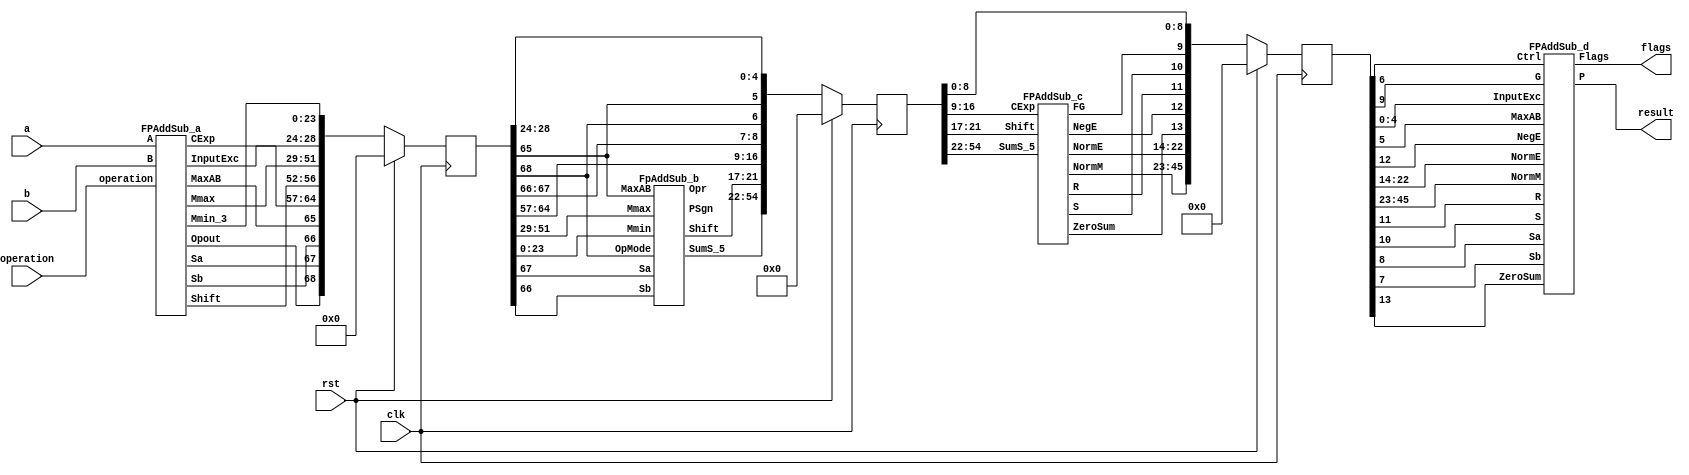
`define BFLOAT16 
`define EXPONENT 8
`define MANTISSA 7
`define EXPONENT 5
`define MANTISSA 10
`define SIGN 1
`define DWIDTH (`SIGN+`EXPONENT+`MANTISSA)
`define AWIDTH 8
`define MEM_SIZE 256
`define MAT_MUL_SIZE 20
`define MASK_WIDTH 20
`define LOG2_MAT_MUL_SIZE 4 
`define BB_MAT_MUL_SIZE `MAT_MUL_SIZE
`define NUM_CYCLES_IN_MAC 3
`define MEM_ACCESS_LATENCY 1
`define ADDR_STRIDE_WIDTH 8

module FPAddSub_single(
		clk,
		rst,
		a,
		b,
		operation,
		result,
		flags
	);

// Clock and reset
	input clk ;										// Clock signal
	input rst ;										// Reset (active high, resets pipeline registers)
	
	// Input ports
	input [31:0] a ;								// Input A, a 32-bit floating point number
	input [31:0] b ;								// Input B, a 32-bit floating point number
	input operation ;								// Operation select signal
	
	// Output ports
	output [31:0] result ;						// Result of the operation
	output [4:0] flags ;							// Flags indicating exceptions according to IEEE754

	reg [68:0]pipe_1;
	reg [54:0]pipe_2;
	reg [45:0]pipe_3;


//internal module wires

//output ports
	wire Opout;
	wire Sa;
	wire Sb;
	wire MaxAB;
	wire [7:0] CExp;
	wire [4:0] Shift;
	wire [22:0] Mmax;
	wire [4:0] InputExc;
	wire [23:0] Mmin_3;

	wire [32:0] SumS_5 ;
	wire [4:0] Shift_1;							
	wire PSgn ;							
	wire Opr ;	
	
	wire [22:0] NormM ;				// Normalized mantissa
	wire [8:0] NormE ;					// Adjusted exponent
	wire ZeroSum ;						// Zero flag
	wire NegE ;							// Flag indicating negative exponent
	wire R ;								// Round bit
	wire S ;								// Final sticky bit
	wire FG ;

FPAddSub_a M1(a,b,operation,Opout,Sa,Sb,MaxAB,CExp,Shift,Mmax,InputExc,Mmin_3);

FpAddSub_b M2(pipe_1[51:29],pipe_1[23:0],pipe_1[67],pipe_1[66],pipe_1[65],pipe_1[68],SumS_5,Shift_1,PSgn,Opr);

FPAddSub_c M3(pipe_2[54:22],pipe_2[21:17],pipe_2[16:9],NormM,NormE,ZeroSum,NegE,R,S,FG);

FPAddSub_d M4(pipe_3[13],pipe_3[22:14],pipe_3[45:23],pipe_3[11],pipe_3[10],pipe_3[9],pipe_3[8],pipe_3[7],pipe_3[6],pipe_3[5],pipe_3[12],pipe_3[4:0],result,flags );


always @ (posedge clk) begin	
		if(rst) begin
			pipe_1 <= 0;
			pipe_2 <= 0;
			pipe_3 <= 0;
		end 
		else begin
/*
pipe_1:
	[68] Opout;
	[67] Sa;
	[66] Sb;
	[65] MaxAB;
	[64:57] CExp;
	[56:52] Shift;
	[51:29] Mmax;
	[28:24] InputExc;
	[23:0] Mmin_3;	

*/

pipe_1 <= {Opout,Sa,Sb,MaxAB,CExp,Shift,Mmax,InputExc,Mmin_3};

/*
pipe_2:
	[54:22]SumS_5;
	[21:17]Shift;
	[16:9]CExp;	
	[8]Sa;
	[7]Sb;
	[6]operation;
	[5]MaxAB;	
	[4:0]InputExc
*/

pipe_2 <= {SumS_5,Shift_1,pipe_1[64:57], pipe_1[67], pipe_1[66], pipe_1[68], pipe_1[65], pipe_1[28:24] };

/*
pipe_3:
	[45:23] NormM ;				
	[22:14] NormE ;					
	[13]ZeroSum ;						
	[12]NegE ;							
	[11]R ;								
	[10]S ;								
	[9]FG ;
	[8]Sa;
	[7]Sb;
	[6]operation;
	[5]MaxAB;	
	[4:0]InputExc
*/

pipe_3 <= {NormM,NormE,ZeroSum,NegE,R,S,FG, pipe_2[8], pipe_2[7], pipe_2[6], pipe_2[5], pipe_2[4:0] };

end
end

endmodule
module FPAddSub_d(
		ZeroSum,
		NormE,
		NormM,
		R,
		S,
		G,
		Sa,
		Sb,
		Ctrl,
		MaxAB,
		NegE,
		InputExc,
		P,
		Flags 
    );

	// Input ports
	input ZeroSum ;					// Sum is zero
	input [8:0] NormE ;				// Normalized exponent
	input [22:0] NormM ;				// Normalized mantissa
	input R ;							// Round bit
	input S ;							// Sticky bit
	input G ;
	input Sa ;							// A's sign bit
	input Sb ;							// B's sign bit
	input Ctrl ;						// Control bit (operation)
	input MaxAB ;
	

	input NegE ;						// Negative exponent?
	input [4:0] InputExc ;					// Exceptions in inputs A and B

	// Output ports
	output [31:0] P ;					// Final result
	output [4:0] Flags ;				// Exception flags
	
	// 
	wire [31:0] Z ;					// Final result
	wire EOF ;
	
	// Internal signals
	wire [23:0] RoundUpM ;			// Rounded up sum with room for overflow
	wire [22:0] RoundM ;				// The final rounded sum
	wire [8:0] RoundE ;				// Rounded exponent (note extra bit due to poential overflow	)
	wire RoundUp ;						// Flag indicating that the sum should be rounded up
	wire ExpAdd ;						// May have to add 1 to compensate for overflow 
	wire RoundOF ;						// Rounding overflow
	wire FSgn;
	// The cases where we need to round upwards (= adding one) in Round to nearest, tie to even
	assign RoundUp = (G & ((R | S) | NormM[0])) ;
	
	// Note that in the other cases (rounding down), the sum is already 'rounded'
	assign RoundUpM = (NormM + 1) ;								// The sum, rounded up by 1
	assign RoundM = (RoundUp ? RoundUpM[22:0] : NormM) ; 	// Compute final mantissa	
	assign RoundOF = RoundUp & RoundUpM[23] ; 				// Check for overflow when rounding up

	// Calculate post-rounding exponent
	assign ExpAdd = (RoundOF ? 1'b1 : 1'b0) ; 				// Add 1 to exponent to compensate for overflow
	assign RoundE = ZeroSum ? 8'b00000000 : (NormE + ExpAdd) ; 							// Final exponent

	// If zero, need to determine sign according to rounding
	assign FSgn = (ZeroSum & (Sa ^ Sb)) | (ZeroSum ? (Sa & Sb & ~Ctrl) : ((~MaxAB & Sa) | ((Ctrl ^ Sb) & (MaxAB | Sa)))) ;

	// Assign final result
	assign Z = {FSgn, RoundE[7:0], RoundM[22:0]} ;
	
	// Indicate exponent overflow
	assign EOF = RoundE[8];

/////////////////////////////////////////////////////////////////////////////////////////////////////////



	
	// Internal signals
	wire Overflow ;					// Overflow flag
	wire Underflow ;					// Underflow flag
	wire DivideByZero ;				// Divide-by-Zero flag (always 0 in Add/Sub)
	wire Invalid ;						// Invalid inputs or result
	wire Inexact ;						// Result is inexact because of rounding
	
	// Exception flags
	
	// Result is too big to be represented
	assign Overflow = EOF | InputExc[1] | InputExc[0] ;
	
	// Result is too small to be represented
	assign Underflow = NegE & (R | S);
	
	// Infinite result computed exactly from finite operands
	assign DivideByZero = &(Z[30:23]) & ~|(Z[30:23]) & ~InputExc[1] & ~InputExc[0];
	
	// Invalid inputs or operation
	assign Invalid = |(InputExc[4:2]) ;
	
	// Inexact answer due to rounding, overflow or underflow
	assign Inexact = (R | S) | Overflow | Underflow;
	
	// Put pieces together to form final result
	assign P = Z ;
	
	// Collect exception flags	
	assign Flags = {Overflow, Underflow, DivideByZero, Invalid, Inexact} ; 	
	
endmodule
module FPAddSub_c(
		SumS_5,
		Shift,
		CExp,
		NormM,
		NormE,
		ZeroSum,
		NegE,
		R,
		S,
		FG
	);
	
	// Input ports
	input [32:0] SumS_5 ;						// Smaller mantissa after 16|12|8|4 shift
	
	input [4:0] Shift ;						// Shift amount
	
// Input ports
	
	input [7:0] CExp ;
	

	// Output ports
	output [22:0] NormM ;				// Normalized mantissa
	output [8:0] NormE ;					// Adjusted exponent
	output ZeroSum ;						// Zero flag
	output NegE ;							// Flag indicating negative exponent
	output R ;								// Round bit
	output S ;								// Final sticky bit
	output FG ;


	wire [3:0]Shift_1;
	assign Shift_1 = Shift [3:0];
	// Output ports
	wire [32:0] SumS_7 ;						// The smaller mantissa
	
	reg	  [32:0]		Lvl2;
	wire    [65:0]    Stage1;	
	reg	  [32:0]		Lvl3;
	wire    [65:0]    Stage2;	
	integer           i;               	// Loop variable
	
	assign Stage1 = {SumS_5, SumS_5};

	always @(*) begin    					// Rotate {0 | 4 | 8 | 12} bits
	  case (Shift[3:2])
			// Rotate by 0
			2'b00: Lvl2 <= Stage1[32:0];       		
			// Rotate by 4
			2'b01: begin for (i=65; i>=33; i=i-1) begin Lvl2[i-33] <= Stage1[i-4]; end Lvl2[3:0] <= 0; end
			// Rotate by 8
			2'b10: begin for (i=65; i>=33; i=i-1) begin Lvl2[i-33] <= Stage1[i-8]; end Lvl2[7:0] <= 0; end
			// Rotate by 12
			2'b11: begin for (i=65; i>=33; i=i-1) begin Lvl2[i-33] <= Stage1[i-12]; end Lvl2[11:0] <= 0; end
	  endcase
	end
	
	assign Stage2 = {Lvl2, Lvl2};

	always @(*) begin   				 		// Rotate {0 | 1 | 2 | 3} bits
	  case (Shift_1[1:0])
			// Rotate by 0
			2'b00:  Lvl3 <= Stage2[32:0];
			// Rotate by 1
			2'b01: begin for (i=65; i>=33; i=i-1) begin Lvl3[i-33] <= Stage2[i-1]; end Lvl3[0] <= 0; end 
			// Rotate by 2
			2'b10: begin for (i=65; i>=33; i=i-1) begin Lvl3[i-33] <= Stage2[i-2]; end Lvl3[1:0] <= 0; end
			// Rotate by 3
			2'b11: begin for (i=65; i>=33; i=i-1) begin Lvl3[i-33] <= Stage2[i-3]; end Lvl3[2:0] <= 0; end
	  endcase
	end
	
	// Assign outputs
	assign SumS_7 = Lvl3;						// Take out smaller mantissa



	
	// Internal signals
	wire MSBShift ;						// Flag indicating that a second shift is needed
	wire [8:0] ExpOF ;					// MSB set in sum indicates overflow
	wire [8:0] ExpOK ;					// MSB not set, no adjustment
	
	// Calculate normalized exponent and mantissa, check for all-zero sum
	assign MSBShift = SumS_7[32] ;		// Check MSB in unnormalized sum
	assign ZeroSum = ~|SumS_7 ;			// Check for all zero sum
	assign ExpOK = CExp - Shift ;		// Adjust exponent for new normalized mantissa
	assign NegE = ExpOK[8] ;			// Check for exponent overflow
	assign ExpOF = CExp - Shift + 1'b1 ;		// If MSB set, add one to exponent(x2)
	assign NormE = MSBShift ? ExpOF : ExpOK ;			// Check for exponent overflow
	assign NormM = SumS_7[31:9] ;		// The new, normalized mantissa
	
	// Also need to compute sticky and round bits for the rounding stage
	assign FG = SumS_7[8] ; 
	assign R = SumS_7[7] ;
	assign S = |SumS_7[6:0] ;		
	
endmodule
module FpAddSub_b(
		Mmax,
		Mmin,
		Sa,
		Sb,
		MaxAB,
		OpMode,
		SumS_5,
		Shift,
		PSgn,
		Opr
);
	input [22:0] Mmax ;					// The larger mantissa
	input [23:0] Mmin ;					// The smaller mantissa
	input Sa ;								// Sign bit of larger number
	input Sb ;								// Sign bit of smaller number
	input MaxAB ;							// Indicates the larger number (0/A, 1/B)
	input OpMode ;							// Operation to be performed (0/Add, 1/Sub)
	
	// Output ports
	wire [32:0] Sum ;	
						// Output ports
	output [32:0] SumS_5 ;					// Mantissa after 16|0 shift
	output [4:0] Shift ;					// Shift amount				// The result of the operation
	output PSgn ;							// The sign for the result
	output Opr ;							// The effective (performed) operation

	assign Opr = (OpMode^Sa^Sb); 		// Resolve sign to determine operation

	// Perform effective operation
	assign Sum = (OpMode^Sa^Sb) ? ({1'b1, Mmax, 8'b00000000} - {Mmin, 8'b00000000}) : ({1'b1, Mmax, 8'b00000000} + {Mmin, 8'b00000000}) ;
	// Assign result sign
	assign PSgn = (MaxAB ? Sb : Sa) ;

/////////////////////////////////////////////////////////////////////////////////////////////////////////////////////////////////////////

		// Determine normalization shift amount by finding leading nought
	assign Shift =  ( 
		Sum[32] ? 5'b00000 :	 
		Sum[31] ? 5'b00001 : 
		Sum[30] ? 5'b00010 : 
		Sum[29] ? 5'b00011 : 
		Sum[28] ? 5'b00100 : 
		Sum[27] ? 5'b00101 : 
		Sum[26] ? 5'b00110 : 
		Sum[25] ? 5'b00111 :
		Sum[24] ? 5'b01000 :
		Sum[23] ? 5'b01001 :
		Sum[22] ? 5'b01010 :
		Sum[21] ? 5'b01011 :
		Sum[20] ? 5'b01100 :
		Sum[19] ? 5'b01101 :
		Sum[18] ? 5'b01110 :
		Sum[17] ? 5'b01111 :
		Sum[16] ? 5'b10000 :
		Sum[15] ? 5'b10001 :
		Sum[14] ? 5'b10010 :
		Sum[13] ? 5'b10011 :
		Sum[12] ? 5'b10100 :
		Sum[11] ? 5'b10101 :
		Sum[10] ? 5'b10110 :
		Sum[9] ? 5'b10111 :
		Sum[8] ? 5'b11000 :
		Sum[7] ? 5'b11001 : 5'b11010
	);
	
	reg	  [32:0]		Lvl1;
	
	always @(*) begin
		// Rotate by 16?
		Lvl1 <= Shift[4] ? {Sum[16:0], 16'b0000000000000000} : Sum; 
	end
	
	// Assign outputs
	assign SumS_5 = Lvl1;	

endmodule
module FPAddSub_a(
		A,
		B,
		operation,
		Opout,
		Sa,
		Sb,
		MaxAB,
		CExp,
		Shift,
		Mmax,
		InputExc,
		Mmin_3
		
		
	);
	
	// Input ports
	input [31:0] A ;										// Input A, a 32-bit floating point number
	input [31:0] B ;										// Input B, a 32-bit floating point number
	input operation ;
	
	//output ports
	output Opout;
	output Sa;
	output Sb;
	output MaxAB;
	output [7:0] CExp;
	output [4:0] Shift;
	output [22:0] Mmax;
	output [4:0] InputExc;
	output [23:0] Mmin_3;	
							
	wire [9:0] ShiftDet ;							
	wire [30:0] Aout ;
	wire [30:0] Bout ;
	

	// Internal signals									// If signal is high...
	wire ANaN ;												// A is a NaN (Not-a-Number)
	wire BNaN ;												// B is a NaN
	wire AInf ;												// A is infinity
	wire BInf ;												// B is infinity
	wire [7:0] DAB ;										// ExpA - ExpB					
	wire [7:0] DBA ;										// ExpB - ExpA	
	
	assign ANaN = &(A[30:23]) & |(A[22:0]) ;		// All one exponent and not all zero mantissa - NaN
	assign BNaN = &(B[30:23]) & |(B[22:0]);		// All one exponent and not all zero mantissa - NaN
	assign AInf = &(A[30:23]) & ~|(A[22:0]) ;	// All one exponent and all zero mantissa - Infinity
	assign BInf = &(B[30:23]) & ~|(B[22:0]) ;	// All one exponent and all zero mantissa - Infinity
	
	// Put all flags into exception vector
	assign InputExc = {(ANaN | BNaN | AInf | BInf), ANaN, BNaN, AInf, BInf} ;
	
	//assign DAB = (A[30:23] - B[30:23]) ;
	//assign DBA = (B[30:23] - A[30:23]) ;
  assign DAB = (A[30:23] + ~(B[30:23]) + 1) ;
	assign DBA = (B[30:23] + ~(A[30:23]) + 1) ;

	assign Sa = A[31] ;									// A's sign bit
	assign Sb = B[31] ;									// B's sign	bit
	assign ShiftDet = {DBA[4:0], DAB[4:0]} ;		// Shift data
	assign Opout = operation ;
	assign Aout = A[30:0] ;
	assign Bout = B[30:0] ;

/////////////////////////////////////////////////////////////////////////////////////////////////////////////
	// Output ports
													// Number of steps to smaller mantissa shift right
	wire [22:0] Mmin_1 ;							// Smaller mantissa 
	
	// Internal signals
	//wire BOF ;										// Check for shifting overflow if B is larger
	//wire AOF ;										// Check for shifting overflow if A is larger
	
	assign MaxAB = (Aout[30:0] < Bout[30:0]) ;	
	//assign BOF = ShiftDet[9:5] < 25 ;		// Cannot shift more than 25 bits
	//assign AOF = ShiftDet[4:0] < 25 ;		// Cannot shift more than 25 bits
	
	// Determine final shift value
	//assign Shift = MaxAB ? (BOF ? ShiftDet[9:5] : 5'b11001) : (AOF ? ShiftDet[4:0] : 5'b11001) ;
	
	assign Shift = MaxAB ? ShiftDet[9:5] : ShiftDet[4:0] ;
	
	// Take out smaller mantissa and append shift space
	assign Mmin_1 = MaxAB ? Aout[22:0] : Bout[22:0] ; 
	
	// Take out larger mantissa	
	assign Mmax = MaxAB ? Bout[22:0]: Aout[22:0] ;	
	
	// Common exponent
	assign CExp = (MaxAB ? Bout[30:23] : Aout[30:23]) ;	

// Input ports
					// Smaller mantissa after 16|12|8|4 shift
	wire [2:0] Shift_1 ;						// Shift amount
	
	assign Shift_1 = Shift [4:2];

	wire [23:0] Mmin_2 ;						// The smaller mantissa
	
	// Internal signals
	reg	  [23:0]		Lvl1;
	reg	  [23:0]		Lvl2;
	wire    [47:0]    Stage1;	
	integer           i;                // Loop variable
	
	always @(*) begin						
		// Rotate by 16?
		Lvl1 <= Shift_1[2] ? {17'b00000000000000001, Mmin_1[22:16]} : {1'b1, Mmin_1}; 
	end
	
	assign Stage1 = {Lvl1, Lvl1};
	
	always @(*) begin    					// Rotate {0 | 4 | 8 | 12} bits
	  case (Shift_1[1:0])
			// Rotate by 0	
			2'b00:  Lvl2 <= Stage1[23:0];       			
			// Rotate by 4	
			2'b01:  begin for (i=0; i<=23; i=i+1) begin Lvl2[i] <= Stage1[i+4]; end Lvl2[23:19] <= 0; end
			// Rotate by 8
			2'b10:  begin for (i=0; i<=23; i=i+1) begin Lvl2[i] <= Stage1[i+8]; end Lvl2[23:15] <= 0; end
			// Rotate by 12	
			2'b11:  begin for (i=0; i<=23; i=i+1) begin Lvl2[i] <= Stage1[i+12]; end Lvl2[23:11] <= 0; end
	  endcase
	end
	
	// Assign output to next shift stage
	assign Mmin_2 = Lvl2;
								// Smaller mantissa after 16|12|8|4 shift
	wire [1:0] Shift_2 ;						// Shift amount
	
	assign Shift_2 =Shift  [1:0] ;
					// The smaller mantissa
	
	// Internal Signal
	reg	  [23:0]		Lvl3;
	wire    [47:0]    Stage2;	
	integer           j;               // Loop variable
	
	assign Stage2 = {Mmin_2, Mmin_2};

	always @(*) begin    // Rotate {0 | 1 | 2 | 3} bits
	  case (Shift_2[1:0])
			// Rotate by 0
			2'b00:  Lvl3 <= Stage2[23:0];   
			// Rotate by 1
			2'b01:  begin for (j=0; j<=23; j=j+1)  begin Lvl3[j] <= Stage2[j+1]; end Lvl3[23] <= 0; end 
			// Rotate by 2
			2'b10:  begin for (j=0; j<=23; j=j+1)  begin Lvl3[j] <= Stage2[j+2]; end Lvl3[23:22] <= 0; end 
			// Rotate by 3
			2'b11:  begin for (j=0; j<=23; j=j+1)  begin Lvl3[j] <= Stage2[j+3]; end Lvl3[23:21] <= 0; end 	  
	  endcase
	end
	
	// Assign output
	assign Mmin_3 = Lvl3;	

	
endmodule